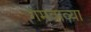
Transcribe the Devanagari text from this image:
गमवाव्या